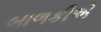
બાળકીએ